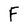
Character: F